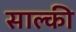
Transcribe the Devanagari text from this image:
साल्की